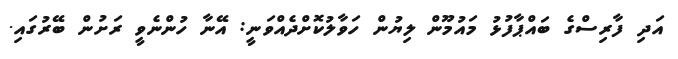
އަދި ފާރިސްގެ ބައްޕާފުޅު މައުމޫން ލިޔުން ހަވާލުކޮށްދެއްވަނީ: އޭނާ ހުންނެވީ ރަށުން ބޭރުގައި.